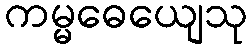
ကမ္မဓေယျေသု